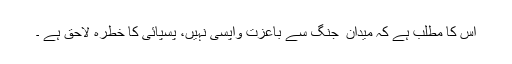
اس کا مطلب ہے کہ میدان ِ جنگ سے باعزت واپسی نہیں، پسپائی کا خطرہ لاحق ہے ۔